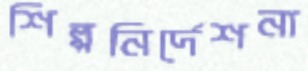
শিল্পনির্দেশনা